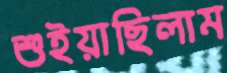
শুইয়াছিলাম